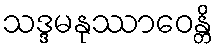
သဒ္ဒမနုဿာဝေန္တိ